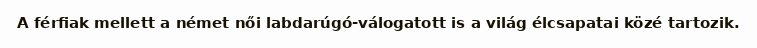
A férfiak mellett a német női labdarúgó-válogatott is a világ élcsapatai közé tartozik.